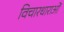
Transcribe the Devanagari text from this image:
विचारधाराओंं